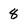
Character: 8